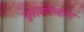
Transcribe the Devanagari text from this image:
पुलिवेन्दला